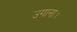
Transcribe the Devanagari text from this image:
उगाना।